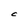
Character: C